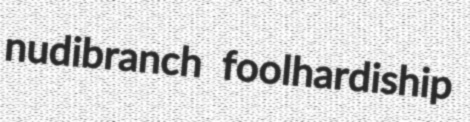
nudibranch foolhardiship